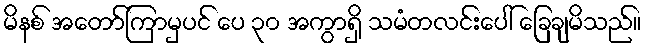
မိနစ် အတော်ကြာမှပင် ပေ ၃၀ အကွာရှိ သမံတလင်းပေါ် ခြေချမိသည်။